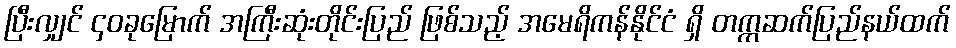
ပြီးလျှင် ၄၀ခုမြောက် အကြီးဆုံးတိုင်းပြည် ဖြစ်သည့် အမေရိကန်နိုင်ငံ ရှိ တက္ကဆက်ပြည်နယ်ထက်